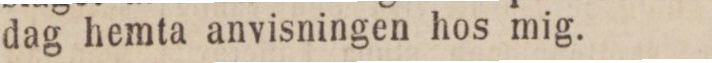
dag hemta anvisningen hos mig.